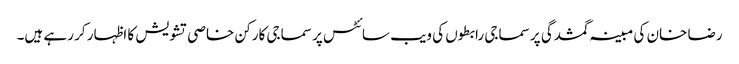
رضا خان کی مبینہ گمشدگی پر سماجی رابطوں کی ویب سائٹس پر سماجی کارکن خاصی تشویش کا اظہار کر رہے ہیں۔